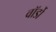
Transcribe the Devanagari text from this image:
वॉर्डो